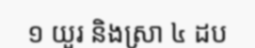
១ យួរ និងស្រា ៤ ដប